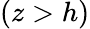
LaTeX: (z>h)